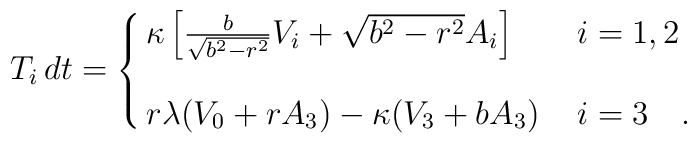
T_i\, dt  = \cases{ \kappa         \left[ {b \over \sqrt{b^2 - r^2}} V_i               + \sqrt{b^2 - r^2} A_i \right] \,         & $i = 1, 2$  \cr  \cr          r \lambda (V_0 +  rA_3) - \kappa (V_3 + b A_3) \,            & $i = 3 $  \, \,.}